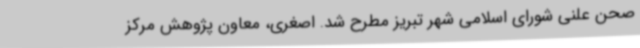
صحن علنی شورای اسلامی شهر تبریز مطرح شد. اصغری، معاون پژوهش مرکز